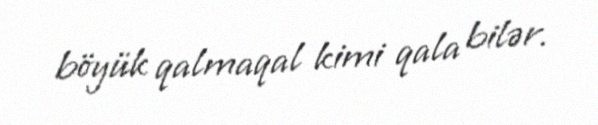
böyük qalmaqal kimi qala bilər.